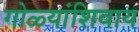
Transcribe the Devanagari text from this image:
गोळ्यांशिवाय